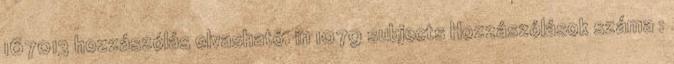
167013 hozzászólás olvasható. in 1079 subjects Hozzászólások száma :